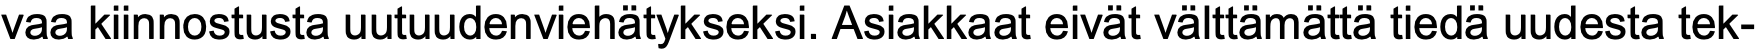
vaa kiinnostusta uutuudenviehätykseksi. Asiakkaat eivät välttämättä tiedä uudesta tek-